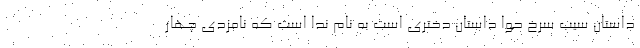
داستان سیب سرخ حوا داستان دختری است به نام ندا است که نامزدی چهار